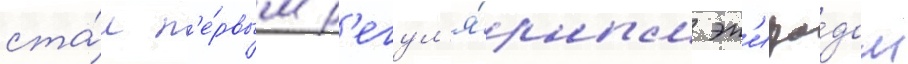
ста́л п'е́рвым р'егул'я́рным эп'изо́дом